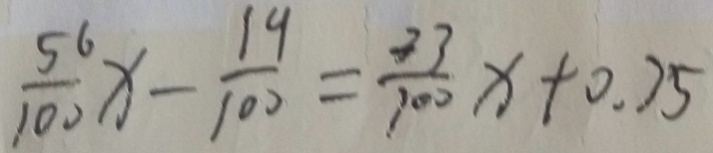
\frac { 5 6 } { 1 0 0 } x - \frac { 1 9 } { 1 0 0 } = \frac { 3 3 } { 1 0 0 } x + 0 . 7 5